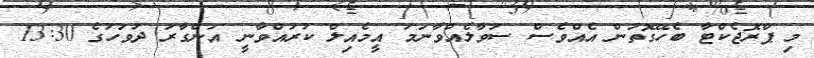
މި ޕްރޮޖެކްޓާ ބެހޭގޮތުން އެއްވެސް ސުވާލެއްވާނަމަ އީމެއިލް ކުރައްވާނީ އަންގާރަ ދުވަހުގެ 13:30